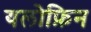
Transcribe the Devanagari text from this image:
यलोफ़िन